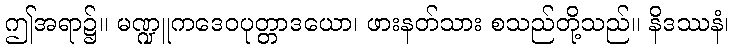
ဤအရာ၌။ မဏ္ဍူကဒေဝပုတ္တာဒယော၊ ဖားနတ်သား စသည်တို့သည်။ နိဒဿနံ၊